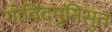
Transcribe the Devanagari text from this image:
गोविंदमुनिसुत